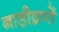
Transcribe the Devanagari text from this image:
नाड़ीव्रणों